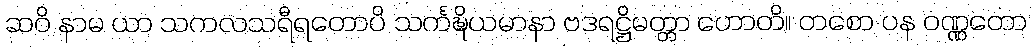
ဆဝိ နာမ ယာ သကလသရီရတောပိ သင်္ကဍ္ဎိယမာနာ ဗဒရဋ္ဌိမတ္တာ ဟောတိ။ တစော ပန ဝဏ္ဏတော